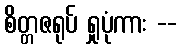
စိတ္တဇရုပ် ရှုပုံကား --